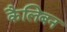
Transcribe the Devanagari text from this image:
कैलिबन